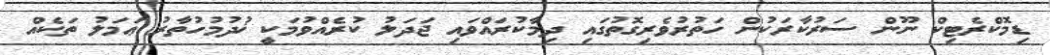
ޑިމޮކްރެޓިކް ނޫން ސަރުކާރަކުން ހަތުރުވެރިގޮތުގައި ދިމާކުރައްވައި ޖަދަލު ކުރެއްވުމަކީ ޚުދުމުހުތާރު ޢަމަލު ތަކެއް